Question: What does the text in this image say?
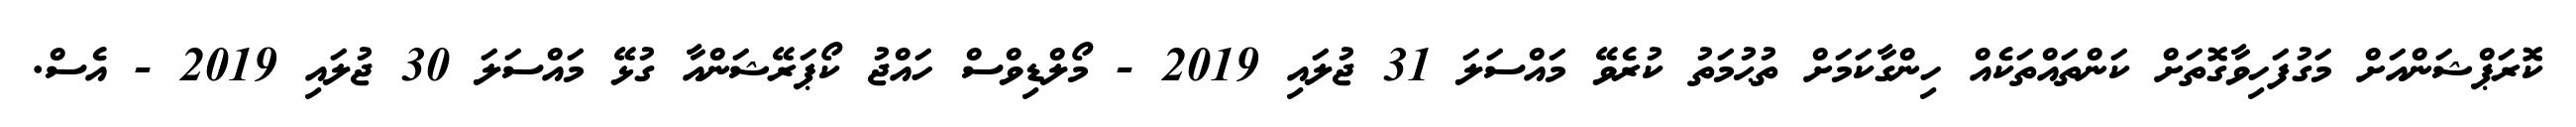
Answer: ކޮރަޕްޝަންއަށް މަގުފަހިވާގޮތަށް ކަންތައްތަކެއް ހިންގާކަމަށް ތުޙުމަތު ކުރެވޭ މައްސަލަ 31 ޖުލައި 2019 - މޯލްޑިވްސް ހައްޖު ކޯޕަރޭޝަންއާ ގުޅޭ މައްސަލަ 30 ޖުލައި 2019 - އެސް.